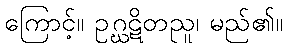
ကြောင့်။ ဥဂ္ဃဋိတညူ၊ မည်၏။